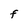
Character: F